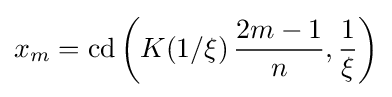
x_{m}=\mathrm {cd} \left(K(1/\xi )\,{\frac {2m-1}{n}},{\frac {1}{\xi }}\right)